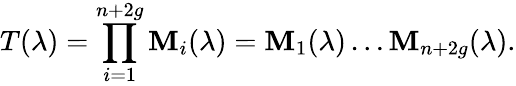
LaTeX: T(\lambda)=\prod_{i=1}^{n+2g}{\mathbf{M}_{i}(\lambda)}=\mathbf{M}_{1}(\lambda)\dots\mathbf{M}_{n+2g}(\lambda).